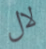
لال